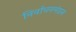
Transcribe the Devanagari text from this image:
निर्वाचनमंडल